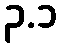
၃.၁